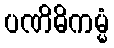
ပဏိဓိကမ္မံ